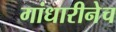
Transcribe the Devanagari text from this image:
गांधारीनेच